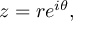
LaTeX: z = r e ^ { i \theta } ,